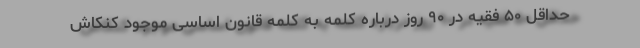
حداقل ۵۰ فقیه در ۹۰ روز درباره کلمه به کلمه قانون اساسی موجود کنکاش